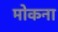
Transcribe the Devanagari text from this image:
मोकना